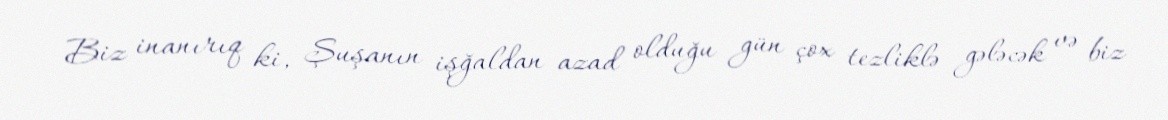
Biz inanırıq ki, Şuşanın işğaldan azad olduğu gün çox tezliklə gələcək və biz